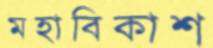
মহাবিকাশ